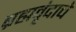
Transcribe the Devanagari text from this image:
ब्रह्मवृंदाचे